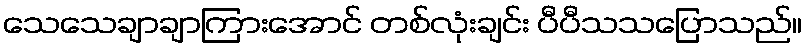
သေသေချာချာကြားအောင် တစ်လုံးချင်း ပီပီသသပြောသည်။